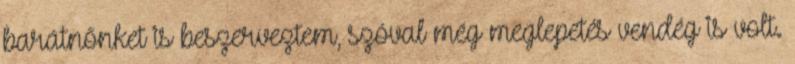
barátnőnket is beszerveztem, szóval még meglepetés vendég is volt.